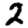
Digit: 2